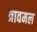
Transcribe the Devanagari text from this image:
त्रावमल